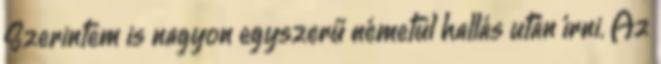
Szerintem is nagyon egyszerű németül hallás után írni. Az